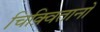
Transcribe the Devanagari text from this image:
चिक़्वितानो